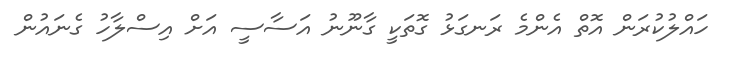
ހައްލުކުރަން އޮތް އެންމެ ރަނގަޅު ގޮތަކީ ގާނޫނު އަސާސީ އަށް އިސްލާހު ގެނައުން